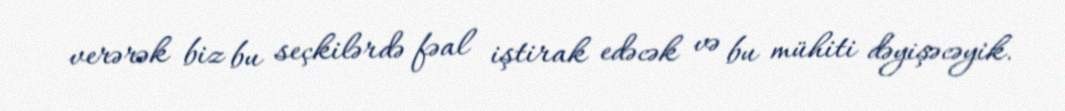
verərək biz bu seçkilərdə fəal iştirak edəcək və bu mühiti dəyişəcəyik.